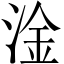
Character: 淦